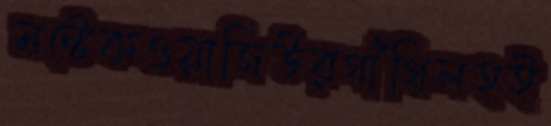
মন্টেকওয়াজিউরগাঁথিলহই